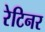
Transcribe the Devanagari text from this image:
रेटिनर